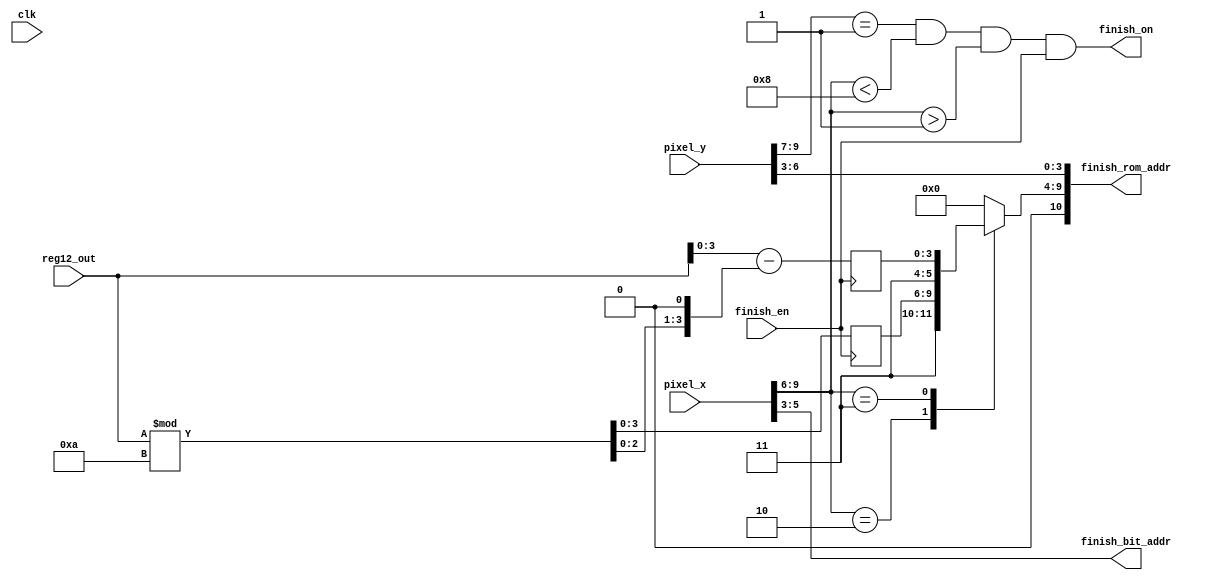
`timescale 1ns / 1ps

module Finish_Display(clk, finish_en, reg12_out, pixel_x, pixel_y, finish_on, finish_bit_addr, finish_rom_addr);

//Declare Inputs and Outputs
input clk, finish_en;
input [31:0] reg12_out;
input [9:0] pixel_x, pixel_y;
output finish_on;
output [2:0] finish_bit_addr;
output [10:0] finish_rom_addr;


wire [3:0] row_addr;
reg [6:0] char_addr;

assign row_addr = pixel_y[6:3];
assign finish_bit_addr = pixel_x[5:3];
assign finish_rom_addr = {char_addr, row_addr};
assign finish_on = (pixel_y[9:7] == 1) && (pixel_x[9:6] < 8) && (pixel_x[9:6] > 1) && finish_en;

reg [3:0] digit_10s, digit_1s;

always @(posedge finish_en)
begin
    digit_10s <= reg12_out % 10;
    digit_1s <= reg12_out - ((reg12_out % 10) << 1);
end

//Display final time on screen based on mapping from ROM
always @*
    case (pixel_x [9:6])
        4'h2: char_addr = {3'b011, digit_10s}; // Display 10's digit
        4'h3: char_addr = {3'b011, digit_1s}; // Display 1's digit
    default: char_addr = 7'h00;
endcase

endmodule